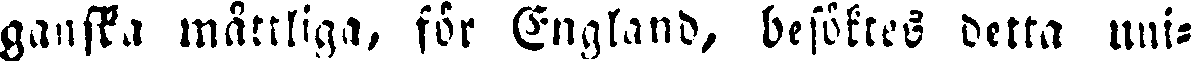
ganska måttliga, för England, besöktes detta uni-